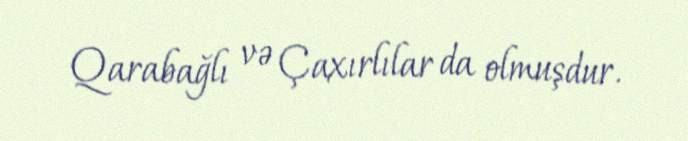
Qarabağlı və Çaxırlılar da olmuşdur.